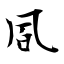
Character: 凮